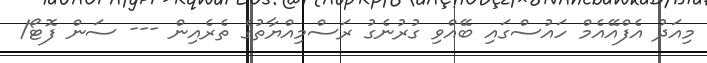
މިއަދު އެފްއޭއެމް ހައުސްގައި ބޭއްވި ގުރުނެގު ރަސްމިއްޔާތުގެ ތެރެއިން --- ސަން ފޮޓޯ/